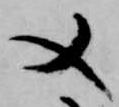
又